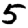
Digit: 5